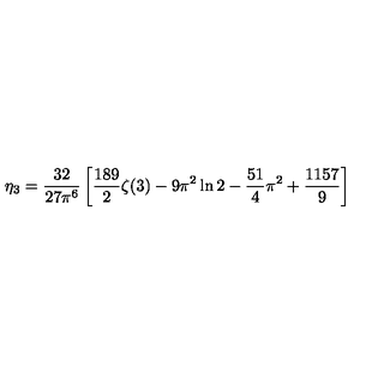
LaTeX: \eta _ { 3 } = \frac { 3 2 } { 2 7 \pi ^ { 6 } } \left[ \frac { 1 8 9 } { 2 } \zeta ( 3 ) - 9 \pi ^ { 2 } \ln 2 - \frac { 5 1 } { 4 } \pi ^ { 2 } + \frac { 1 1 5 7 } { 9 } \right]